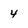
Character: 4